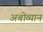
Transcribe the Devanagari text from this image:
अबोव्यान